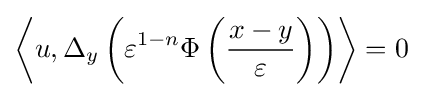
\left\langle u,\Delta _{y}\left(\varepsilon ^{1-n}\Phi \left({\frac {x-y}{\varepsilon }}\right)\right)\right\rangle =0